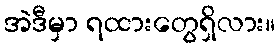
အဲဒီမှာ ရထားတွေရှိလား။